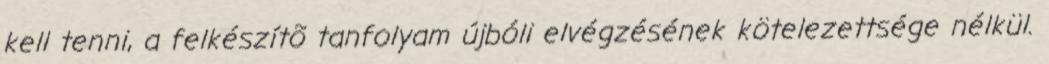
kell tenni, a felkészítõ tanfolyam újbóli elvégzésének kötelezettsége nélkül.